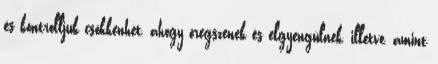
és kontrolljuk csökkenhet, ahogy öregszenek és elgyengülnek, illetve, amint